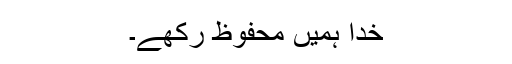
خدا ہمیں محفوظ رکھے۔